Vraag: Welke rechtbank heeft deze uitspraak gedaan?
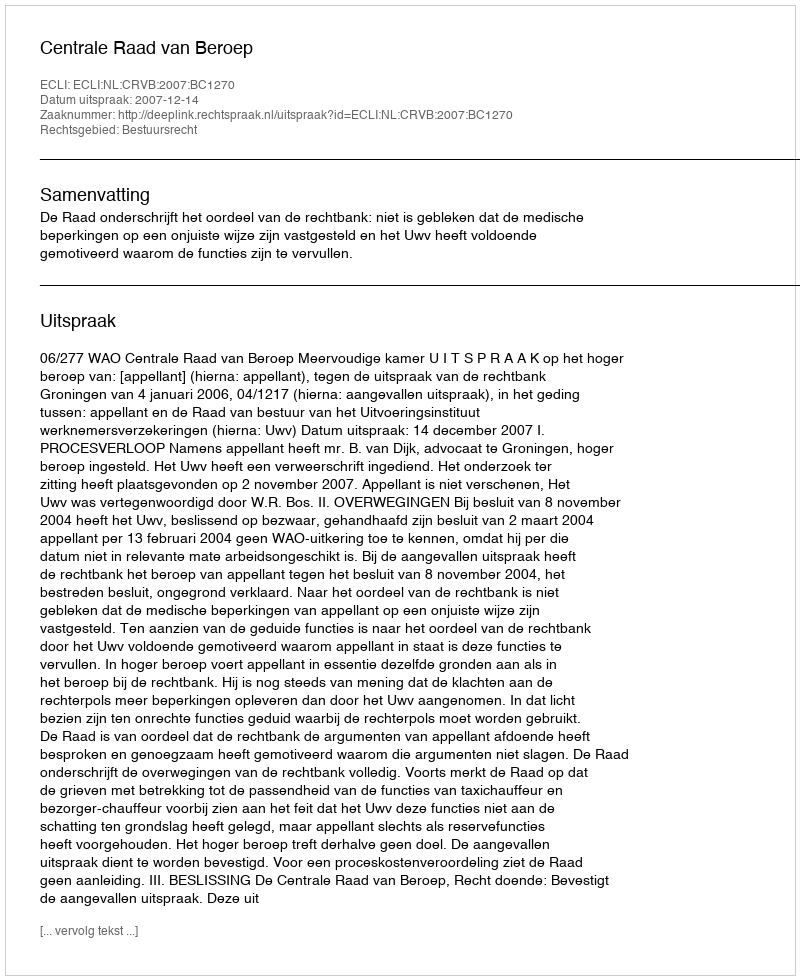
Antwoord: Centrale Raad van Beroep